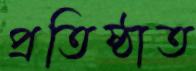
প্রতিষ্ঠাত